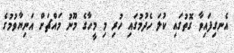
އެނގިފައިވާ ގޮތުގައި ކުލަ ހެދުމުގައި ހުރި މި މީހާގެ މޫނު މައްޗަށް އަނިޔާވުމުގެ